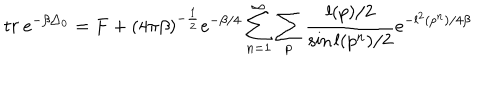
t r \: e ^ { - \beta \triangle _ { 0 } } = F + ( 4 \pi \beta ) ^ { - \frac { 1 } { 2 } } e ^ { - \beta / 4 } \sum _ { n = 1 } ^ { \infty } \sum _ { p } \frac { l ( p ) / 2 } { \sin l ( p ^ { n } ) / 2 } e ^ { - l ^ { 2 } ( p ^ { n } ) / 4 \beta }